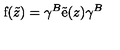
\mathrm { f } ( \tilde { z } ) = \gamma ^ { B } \tilde { \mathrm { e } } ( z ) \gamma ^ { B }